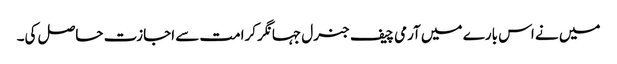
میں نے اس بارے میں آرمی چیف جنرل جہانگر کرامت سے اجازت حاصل کی۔